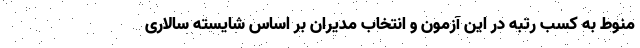
منوط به کسب رتبه در این آزمون و انتخاب مدیران بر اساس شایسته سالاری